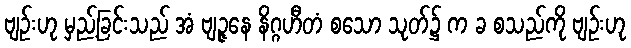
ဗျဉ်းဟု မှည့်ခြင်းသည် အံ ဗျဉ္ဇနေ နိဂ္ဂဟီတံ စသော သုတ်၌ က ခ စသည်ကို ဗျဉ်းဟု